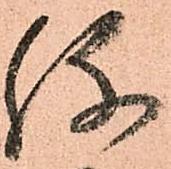
弥